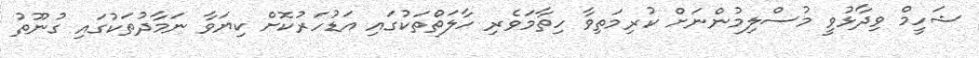
ޝަހީމް ވިދާޅުވީ މުސްލިމުންނަށް ކުރިމަތިވާ ހިތާމަވެރި ހާލަތްތަކުގައި އަޑުހަރުކޮށް ކިޔަވާ ނަމާދުތަކުގައި ގުނޫތު